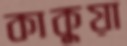
কাকুয়া